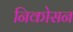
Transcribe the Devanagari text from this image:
निकोसन